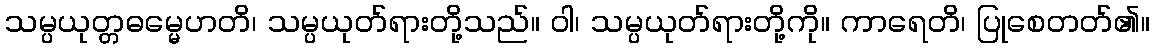
သမ္ပယုတ္တဓမ္မေဟတိ၊ သမ္ပယုတ်ရားတို့သည်။ ဝါ၊ သမ္ပယုတ်ရားတို့ကို။ ကာရေတိ၊ ပြုစေတတ်၏။